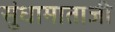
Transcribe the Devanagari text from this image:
सुंधामाताजी